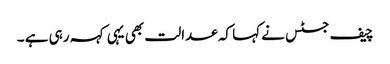
چیف جسٹس نے کہا کہ عدالت بھی یہی کہہ رہی ہے ۔